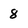
Character: 8